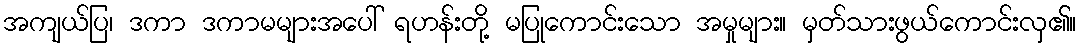
အကျယ်ပြ၊ ဒကာ ဒကာမများအပေါ် ရဟန်းတို့ မပြုကောင်းသော အမှုများ။ မှတ်သားဖွယ်ကောင်းလှ၏။